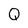
Character: Q